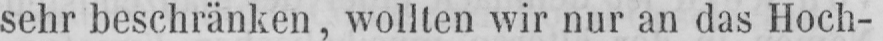
sehr beschränken, wollten wir nur an das Hoch-